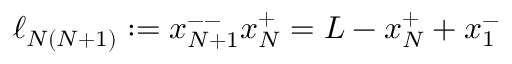
\ell _ { N ( N + 1 ) } : = x _ { N + 1 } ^ { -- } x _ { N } ^ { + } = L - x _ { N } ^ { + } + x _ { 1 } ^ { - }